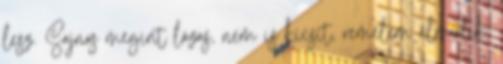
lesz. Sajnos megint lázas, nem is kicsit, remélem elmúlik,